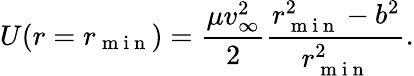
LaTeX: U(r=r_{\mathrm{~m~i~n~}})=\frac{\mu v_{\infty}^{2}}{2}\frac{r_{\mathrm{~m~i~n~}}^{2}-b^{2}}{r_{\mathrm{~m~i~n~}}^{2}}.